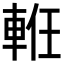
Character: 𨋶